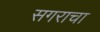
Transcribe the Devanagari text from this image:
सगराचा